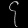
Digit: ၄